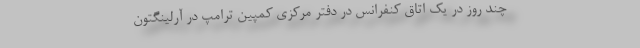
چند روز در یک اتاق کنفرانس در دفتر مرکزی کمپین ترامپ در آرلینگتون